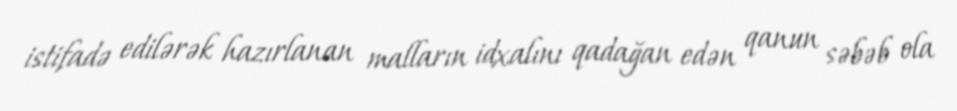
istifadə edilərək hazırlanan malların idxalını qadağan edən qanun səbəb ola